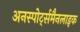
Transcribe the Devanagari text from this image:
अनस्पोर्ट्समैनलाइक